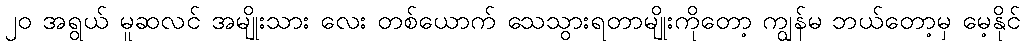
၂၀ အရွယ် မူဆလင် အမျိုးသား လေး တစ်ယောက် သေသွားရတာမျိုးကိုတော့ ကျွန်မ ဘယ်တော့မှ မေ့နိုင်